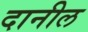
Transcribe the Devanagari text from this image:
दानील